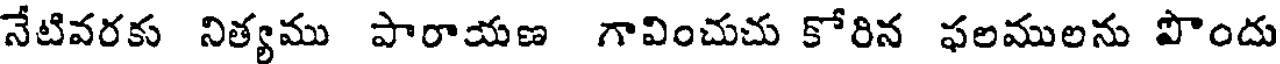
నేటివరకు నిత్యము పారాయణ గావించుచు కోరిన ఫలములను పొందు